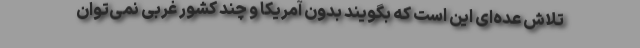
تلاش عده‌ای این است که بگویند بدون آمریکا و چند کشور غربی نمی‌توان